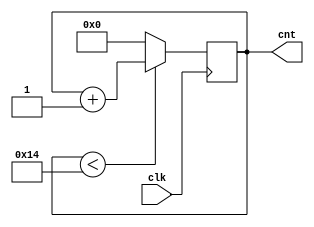
module top (
	input clk,
	output reg [7:0] cnt
);
	initial cnt = 0;
	always @(posedge clk) begin
		if (cnt < 20)
			cnt <= cnt + 1;
		else
			cnt <= 0;
	end
endmodule